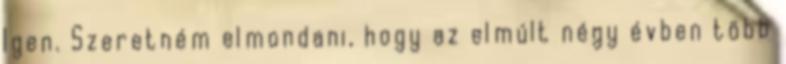
Igen. Szeretném elmondani, hogy az elmúlt négy évben több